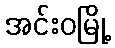
အင်းဝမြို့